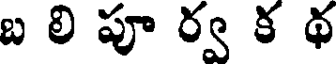
బ లి పూ ర్వ క థ